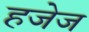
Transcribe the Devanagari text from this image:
हजेज